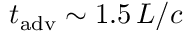
t _ { \mathrm { a d v } } \sim 1 . 5 \, L / c